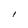
Character: l